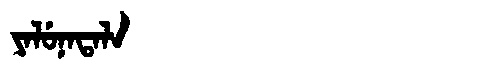
Manchu: ᠶᠠᠯᡠᠨᠠᡨᠠᠯᠠ
Romanization: YALUNATALA